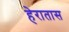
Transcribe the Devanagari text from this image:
हेरातास